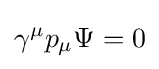
\gamma ^{\mu }p_{\mu }\Psi =0